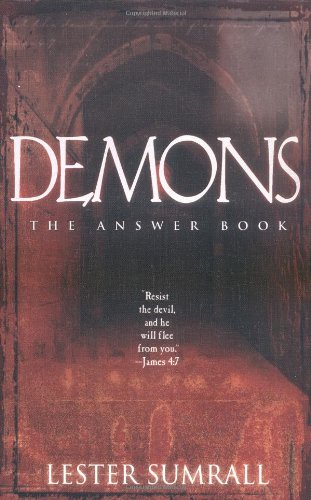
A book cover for Demons The Answer Book (New Trade Size); Lester Sumrall; Christian Books & Bibles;